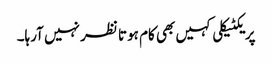
پریکٹیکلی کہیں بھی کام ہوتا نظر نہیں آرہا۔